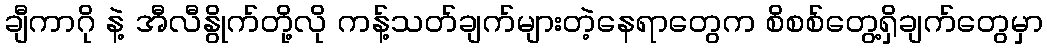
ချီကာဂို နဲ့ အီလီနွိုက်တို့လို ကန့်သတ်ချက်များတဲ့နေရာတွေက စိစစ်တွေ့ရှိချက်တွေမှာ